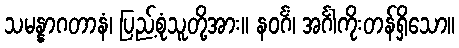
သမန္နာဂတာနံ၊ ပြည့်စုံသူတို့အား။ နဝင်္ဂံ၊ အင်္ဂါကိုးတန်ရှိသော။